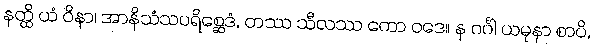
နတ္ထိ ယံ ဝိနာ၊ အာနိသံသပရိစ္ဆေဒံ, တဿ သီလဿ ကော ဝဒေ။ န ဂင်္ဂါ ယမုနာ စာပိ,